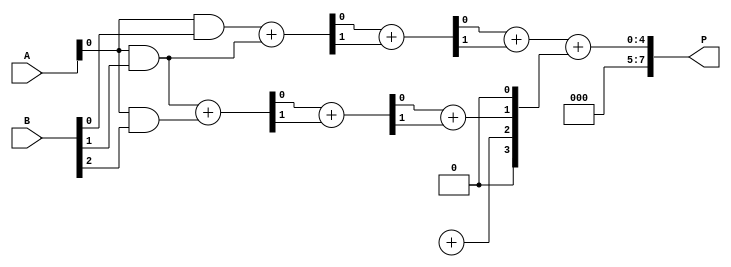
module WallaceTreeMultiplier #(parameter N = 4) (
    input  [N-1:0] A, // First operand
    input  [N-1:0] B, // Second operand
    output [2*N-1:0] P // Product output
);

// Partial product generation
wire [N-1:0] pp [0:N-1]; // Partial products

genvar i, j;
generate
    for (i = 0; i < N; i = i + 1) begin : pp_gen
        assign pp[i] = A & {N{B[i]}};
    end
endgenerate

// Internal signals for Wallace Tree reduction
wire [N-1:0] sum [0:N-1]; // Sums at each stage
wire [N-1:0] carry [0:N-1]; // Carries at each stage

// Wallace Tree reduction
generate
    for (i = 0; i < N-1; i = i + 1) begin : reduce_layer
        if (i == 0) begin
            // First layer of reduction
            for (j = 0; j < N-1; j = j + 1) begin : first_layer
                if (j < N-1) begin
                    assign {carry[i][j], sum[i][j]} = pp[j][i] + pp[j+1][i];
                end
            end
        end else if (i == 1) begin
            // Second layer of reduction (handling carry from previous layer)
            for (j = 0; j < N-2; j = j + 1) begin : second_layer
                assign {carry[i][j], sum[i][j]} = sum[i-1][j] + carry[i-1][j];
            end
        end else begin
            // Further layers would continue to reduce
            for (j = 0; j < N-1; j = j + 1) begin : further_layers
                assign {carry[i][j], sum[i][j]} = sum[i-1][j] + carry[i-1][j];
            end
        end
    end
endgenerate

// Final addition to get the product
wire [2*N-1:0] final_sum;
assign final_sum = {carry[N-2][0], sum[N-2][0]} + {1'b0, sum[N-2][1:N-1], 1'b0};

assign P = final_sum;

endmodule